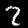
Digit: 2